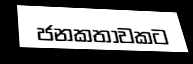
ජනකතාවකට